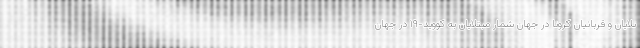
تلایان و قربانیان کرونا در جهان شمار مبتلایان به کووید-۱۹ در جهان